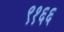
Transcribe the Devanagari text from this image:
९१६६